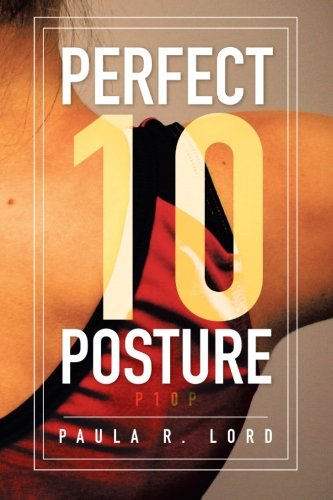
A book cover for Perfect 10 Posture: Applying Pilates and Posture Training for Success in Gymnastics (and Other Sports); Paula R. Lord; Health, Fitness & Dieting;